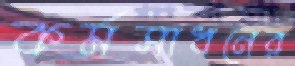
কর্মসাধনের